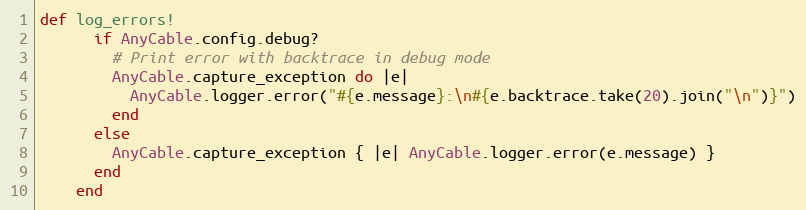
Language: Ruby
def log_errors!
      if AnyCable.config.debug?
        # Print error with backtrace in debug mode
        AnyCable.capture_exception do |e|
          AnyCable.logger.error("#{e.message}:\n#{e.backtrace.take(20).join("\n")}")
        end
      else
        AnyCable.capture_exception { |e| AnyCable.logger.error(e.message) }
      end
    end